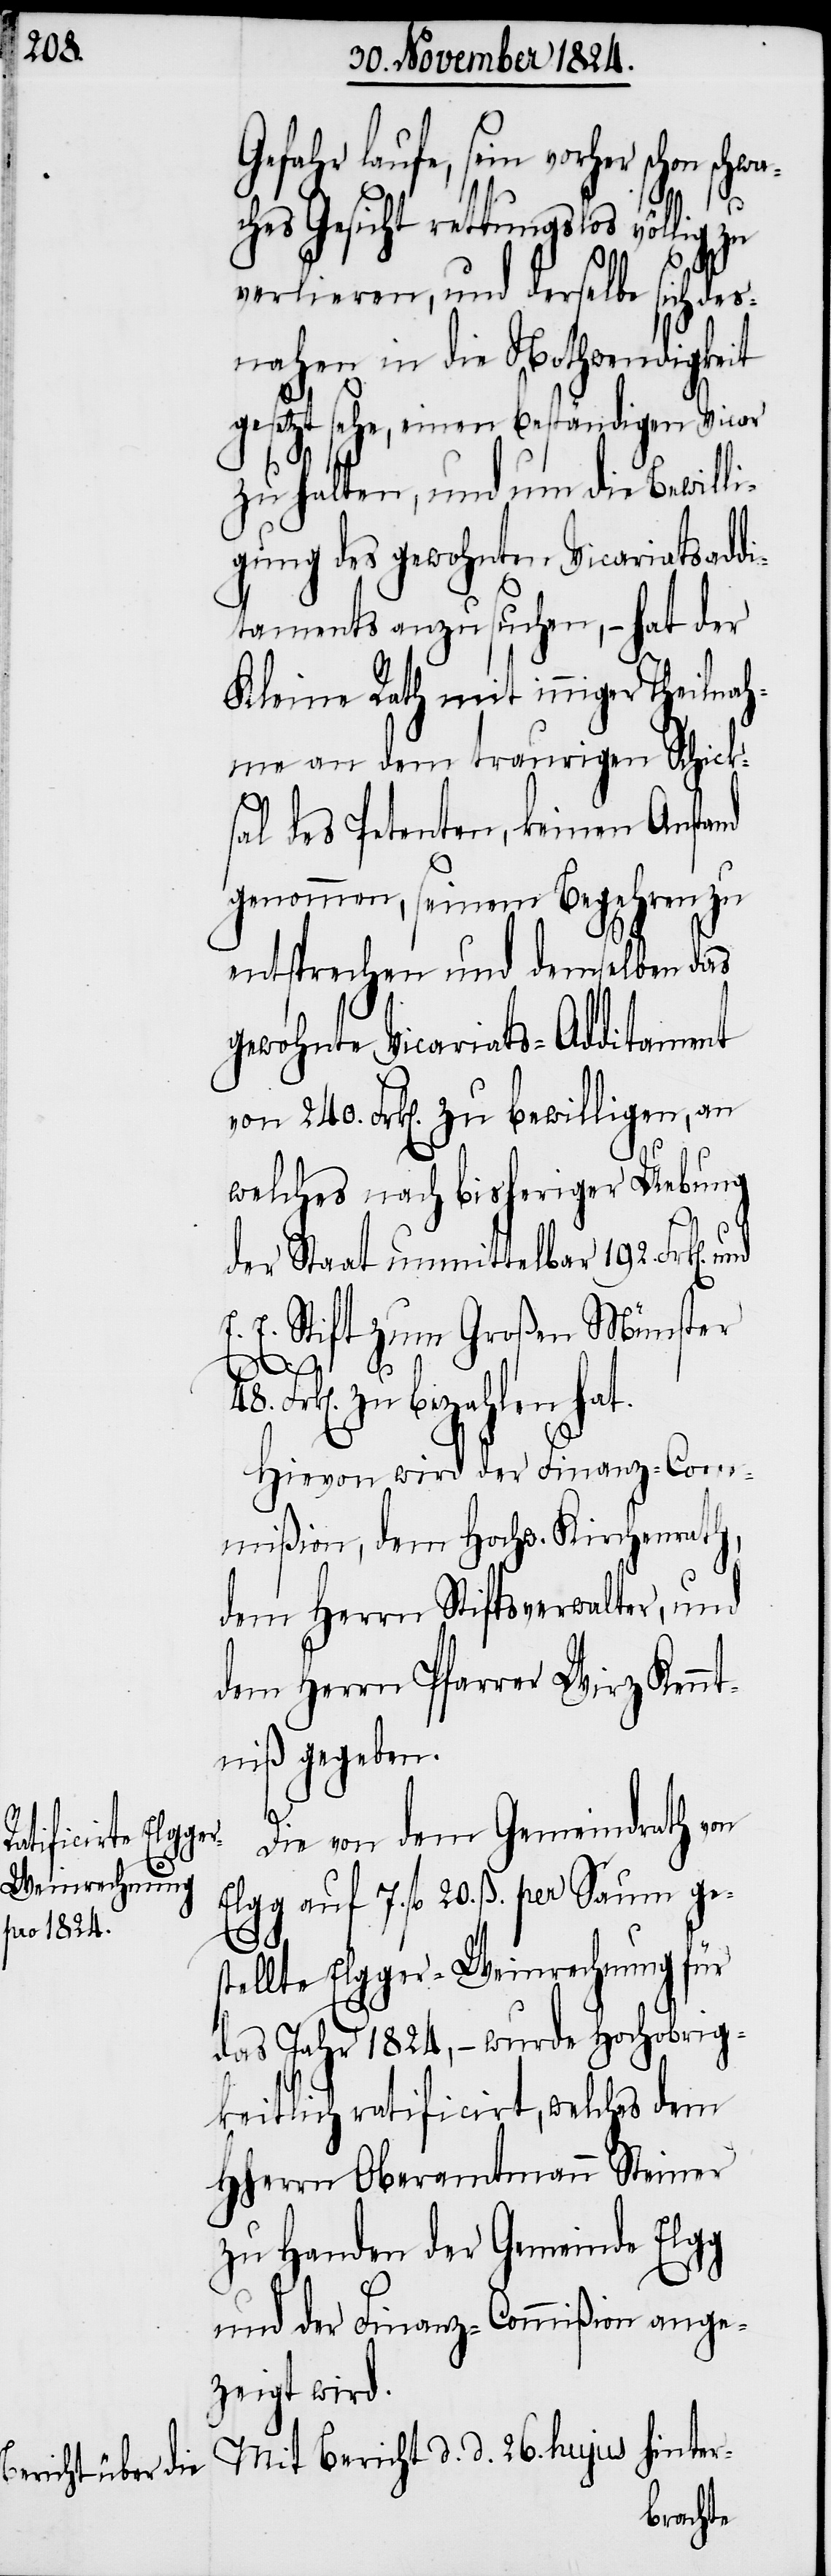
Gefahr laufe, sein vorher schon sch¬
hes Gesicht rettungslos völlig
verlieren, und derselbe sich de¬
snahen in die Nothwendigkeit
gesetzt sehe, einen beständigen Vicar
zu halten, und um die Bewilli¬
gung des gewohnten Vicariatsaddi¬
taments anzusuchen, – hat der
Kleine Rath mit inniger Theilnah¬
me an dem traurigen Schick¬
sal des Petenten, keinen Anstand
genommen, seinem Begehren zu
entsprechen und demselben das
gewohnte Vicariats-Additament
von 240. Frk[en]. zu bewilligen, an
welches noch bisheriger Uebung
der Staat unmittelbar 192. Frk[en].
E. Stift zum Großen Münster
zu bezahlen hat.
Hievon wird der Finanz-Com¬
mißion, dem Hochw. Kirchenrath,
dem Herrn Stiftsverwalter, und
dem Herrn Pfarrer Wirz Kennt¬
niß gegeben.
48.
Die von dem Gemeindrath von
Elgg auf 7. fl. 20. ß. per Saum ge¬
stellte Elgger-Weinrechnung für
das Jahr 1824, – wurde Hochobrig¬
keitlich ratificirt, welches dem
HHerrn Oberamtmann Steiner
zu Handen der Geminde Elgg
und der Finanz-Commißion ange¬
zeigt wird.
Mit Bericht d. d. 26. hujus hinter-